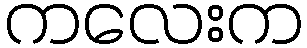
ကလေးက